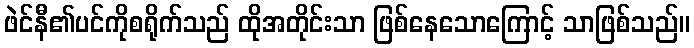
ဖဲင်နီ၏ပင်ကိုစရိုက်သည် ထိုအတိုင်းသာ ဖြစ်နေသောကြောင့် သာဖြစ်သည်။